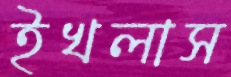
ইখলাস